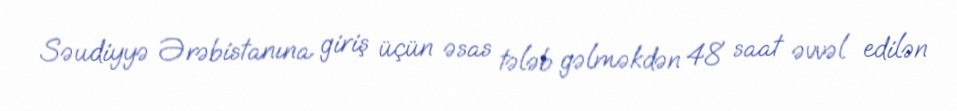
Səudiyyə Ərəbistanına giriş üçün əsas tələb gəlməkdən 48 saat əvvəl edilən